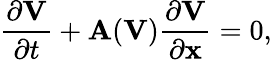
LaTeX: \frac{\partial\mathbf{V}}{\partial t}+\mathbf{A}(\mathbf{V})\frac{\partial\mathbf{V}}{\partial\mathbf{x}}=0,